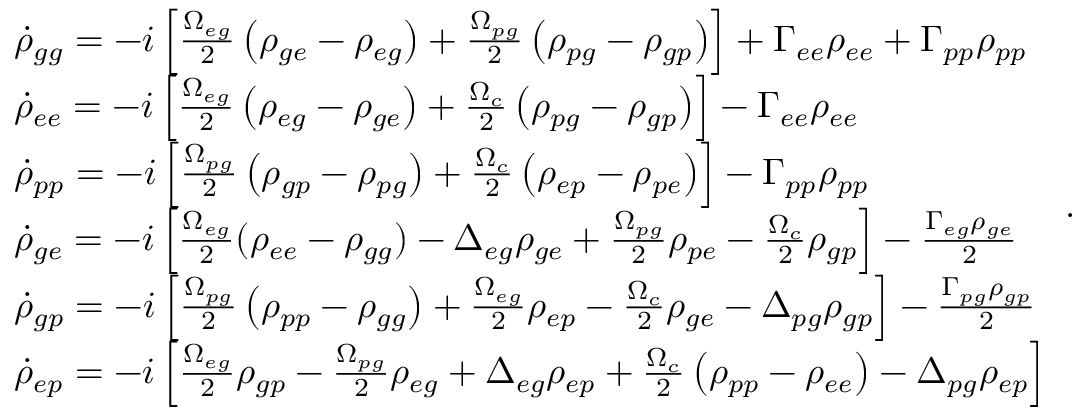
\begin{array} { r l } & { \dot { \rho } _ { g g } = - i \left[ \frac { \Omega _ { e g } } { 2 } \left( \rho _ { g e } - \rho _ { e g } \right) + \frac { \Omega _ { p g } } { 2 } \left( \rho _ { p g } - \rho _ { g p } \right) \right] + \Gamma _ { e e } \rho _ { e e } + \Gamma _ { p p } \rho _ { p p } } \\ & { \dot { \rho } _ { e e } = - i \left[ \frac { \Omega _ { e g } } { 2 } \left( \rho _ { e g } - \rho _ { g e } \right) + \frac { \Omega _ { c } } { 2 } \left( \rho _ { p g } - \rho _ { g p } \right) \right] - \Gamma _ { e e } \rho _ { e e } } \\ & { \dot { \rho } _ { p p } = - i \left[ \frac { \Omega _ { p g } } { 2 } \left( \rho _ { g p } - \rho _ { p g } \right) + \frac { \Omega _ { c } } { 2 } \left( \rho _ { e p } - \rho _ { p e } \right) \right] - \Gamma _ { p p } \rho _ { p p } } \\ & { \dot { \rho } _ { g e } = - i \left[ \frac { \Omega _ { e g } } { 2 } ( \rho _ { e e } - \rho _ { g g } ) - \Delta _ { e g } \rho _ { g e } + \frac { \Omega _ { p g } } { 2 } \rho _ { p e } - \frac { \Omega _ { c } } { 2 } \rho _ { g p } \right] - \frac { \Gamma _ { e g } \rho _ { g e } } { 2 } } \\ & { \dot { \rho } _ { g p } = - i \left[ \frac { \Omega _ { p g } } { 2 } \left( \rho _ { p p } - \rho _ { g g } \right) + \frac { \Omega _ { e g } } { 2 } \rho _ { e p } - \frac { \Omega _ { c } } { 2 } \rho _ { g e } - \Delta _ { p g } \rho _ { g p } \right] - \frac { \Gamma _ { p g } \rho _ { g p } } { 2 } } \\ & { \dot { \rho } _ { e p } = - i \left[ \frac { \Omega _ { e g } } { 2 } \rho _ { g p } - \frac { \Omega _ { p g } } { 2 } \rho _ { e g } + \Delta _ { e g } \rho _ { e p } + \frac { \Omega _ { c } } { 2 } \left( \rho _ { p p } - \rho _ { e e } \right) - \Delta _ { p g } \rho _ { e p } \right] } \end{array} .